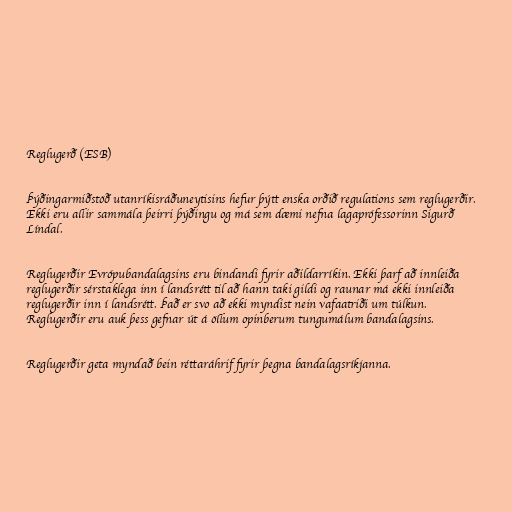
Reglugerð (ESB)

Þýðingarmiðstöð utanríkisráðuneytisins hefur þýtt enska orðið regulations sem reglugerðir.
Ekki eru allir sammála þeirri þýðingu og má sem dæmi nefna lagaprófessorinn Sigurð
Líndal.

Reglugerðir Evrópubandalagsins eru bindandi fyrir aðildarríkin. Ekki þarf að innleiða
reglugerðir sérstaklega inn í landsrétt til að hann taki gildi og raunar má ekki innleiða
reglugerðir inn í landsrétt. Það er svo að ekki myndist nein vafaatriði um túlkun.
Reglugerðir eru auk þess gefnar út á öllum opinberum tungumálum bandalagsins.

Reglugerðir geta myndað bein réttaráhrif fyrir þegna bandalagsríkjanna.